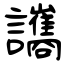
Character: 讗